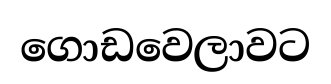
ගොඩවෙලාවට